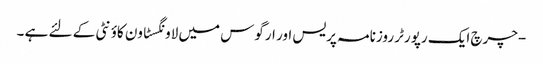
-چرچ ایک رپورٹر روزنامہ پریس اور ارگوس میں لاونگسٹاون کاؤنٹی کے لئے ہے ۔